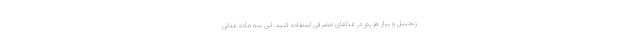
زنجبیل و پیاز هر روز در غذاهای مصرفی استفاده کنید. این سه ماده غذایی